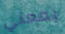
بمعني